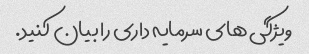
ویژگی های سرمایه داری را بیان کنید.